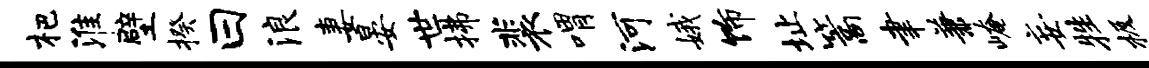
杷淮壁揆曰浪妻晏世拂裴喟河娥饰址篙聿兼崦妄牲极